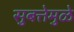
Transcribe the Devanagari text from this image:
सुबत्तेमुळे